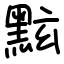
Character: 𪐷